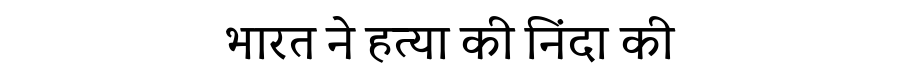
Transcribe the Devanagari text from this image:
भारत ने हत्या की निंदा की